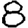
Digit: 8